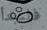
فلتبدأ